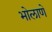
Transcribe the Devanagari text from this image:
भोलाणे